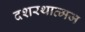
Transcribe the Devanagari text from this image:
दशरथात्मज